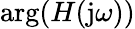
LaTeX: \arg(H(\mathrm{j}\omega))